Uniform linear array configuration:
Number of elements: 32
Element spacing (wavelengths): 0.25
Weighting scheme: binomial
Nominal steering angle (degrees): -45
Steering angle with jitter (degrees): -44.378
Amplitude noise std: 0.05
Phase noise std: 0.05

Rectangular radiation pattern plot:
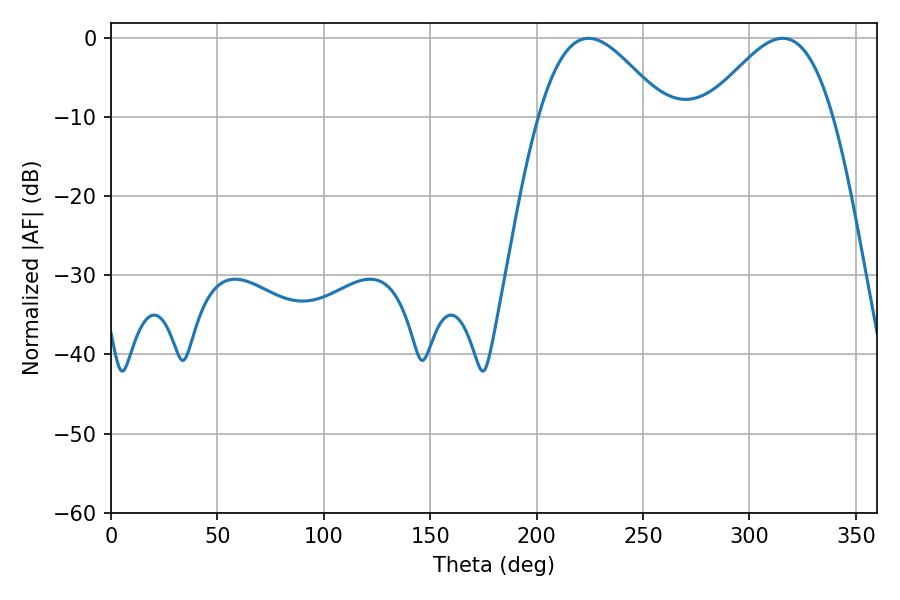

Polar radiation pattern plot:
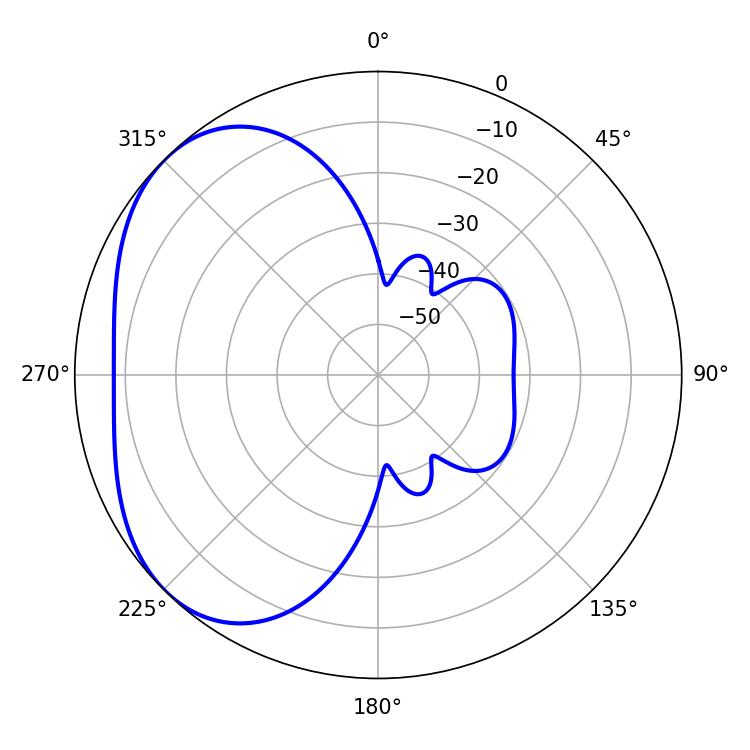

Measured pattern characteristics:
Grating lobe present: FALSE
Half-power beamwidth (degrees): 31.86
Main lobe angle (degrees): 224.46